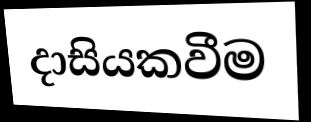
දාසියකවීම